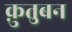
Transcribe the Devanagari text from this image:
क़ुतुबन